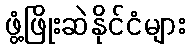
ဖွံ့ဖြိုးဆဲနိုင်ငံများ